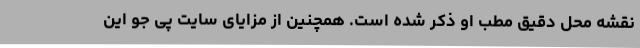
نقشه محل دقیق مطب او ذکر شده است. همچنین از مزایای سایت پی جو این